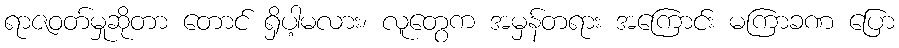
ရာဇဝတ်မှုဆိုတာ တောင် ရှိပါ့မလား၊ လူတွေက အမှန်တရား အကြောင်း မကြာခဏ ပြော